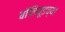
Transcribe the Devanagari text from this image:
बॉलिवूडच्या